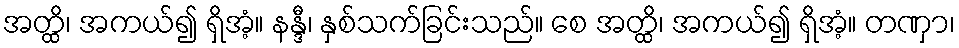
အတ္ထိ၊ အကယ်၍ ရှိအံ့။ နန္ဒီ၊ နှစ်သက်ခြင်းသည်။ စေ အတ္ထိ၊ အကယ်၍ ရှိအံ့။ တဏှာ၊